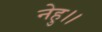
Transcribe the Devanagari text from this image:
नेहु।।